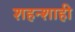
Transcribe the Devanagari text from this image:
शहन्शाही